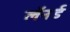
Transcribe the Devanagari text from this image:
लॅनर्ड